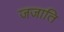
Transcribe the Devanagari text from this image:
जजाति